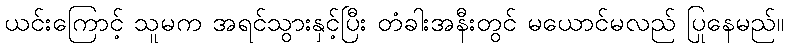
ယင်းကြောင့် သူမက အရင်သွားနှင့်ပြီး တံခါးအနီးတွင် မယောင်မလည် ပြုနေမည်။